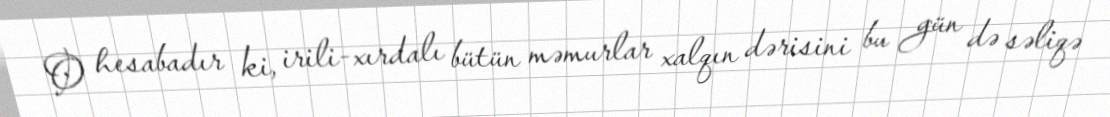
O hesabadır ki, irili-xırdalı bütün məmurlar xalqın dərisini bu gün də səliqə